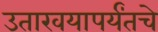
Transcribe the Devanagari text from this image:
उतारवयापर्यंतचे